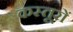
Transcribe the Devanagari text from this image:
कस्तूरों